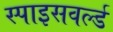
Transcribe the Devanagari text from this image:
स्पाइसवर्ल्ड